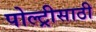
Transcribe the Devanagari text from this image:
पोल्ट्रीसाठी